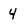
Character: 4